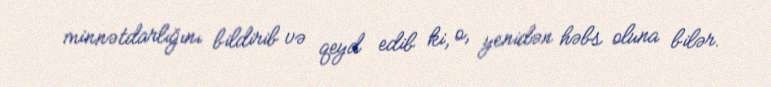
minnətdarlığını bildirib və qeyd edib ki, o, yenidən həbs oluna bilər.